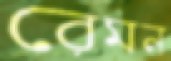
রেমন